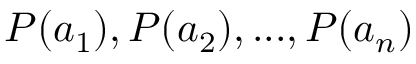
P ( a _ { 1 } ) , P ( a _ { 2 } ) , . . . , P ( a _ { n } )